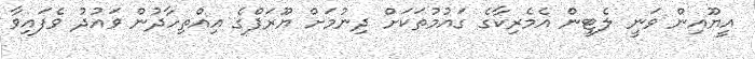
އީޔޫއިން ވަނީ ލެޓީން އެމެރިކާގެ ގައުމުތަކަށް ދިނުމަށް ޔޫރަޕްގެ އިއްތިހާދުން ވައުދު ވެފައިވާ